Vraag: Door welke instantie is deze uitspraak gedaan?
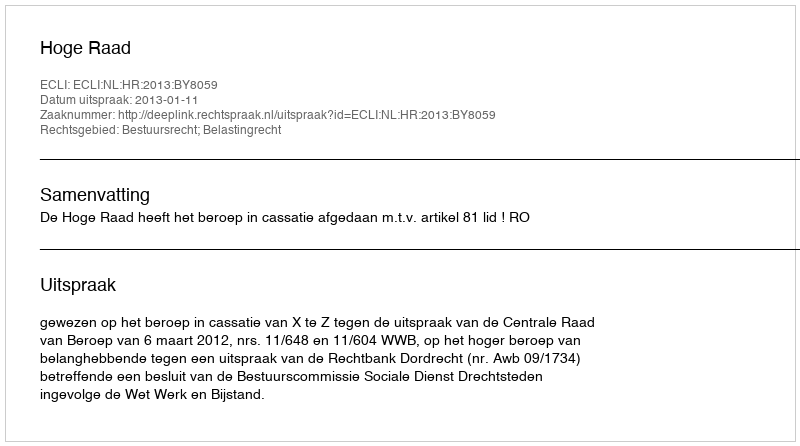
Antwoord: Hoge Raad